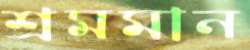
শ্রমমান